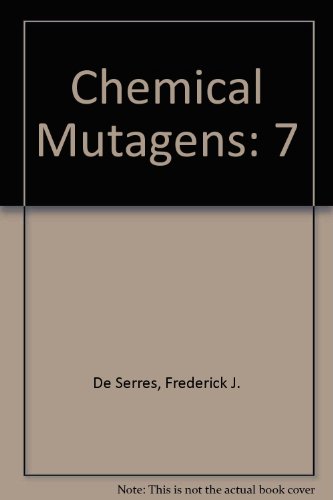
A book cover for Chemical Mutagens: Principles and Methods for Their Detection; Frederick J. de Serres; Medical Books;